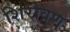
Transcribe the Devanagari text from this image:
शिरोव्रण